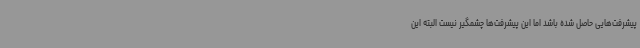
پیشرفت‌هایی حاصل شده باشد اما این پیشرفت‌ها چشمگیر نیست البته این